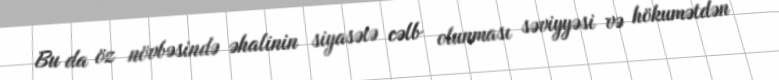
Bu da öz növbəsində əhalinin siyasətə cəlb olunması səviyyəsi və hökumətdən